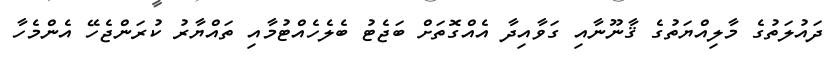
ދައުލަތުގެ މާލިއްޔަތުގެ ޤާނޫނާއި ގަވާއިދާ އެއްގޮތަށް ބަޖެޓު ބެލެހެއްޓުމާއި ތައްޔާރު ކުރަންޖެހޭ އެންމެހާ